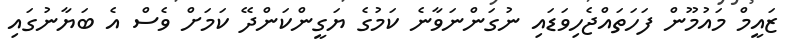
ޒައީމް މައުމޫން ފަހަތައްޖެހިވަޑައި ނުގަންނަވާނެ ކަމުގެ ޔަގީންކަންދޭ ކަމަށް ވެސް އެ ބަޔާނުގައި